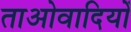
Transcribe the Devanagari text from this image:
ताओवादियों